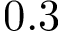
0 . 3